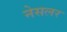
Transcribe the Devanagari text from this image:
नेसलर